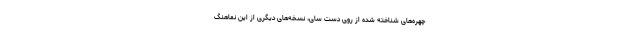
چهره‌های شناخته شده از روی دست سای، نسخه‌های دیگری از این نماهنگ